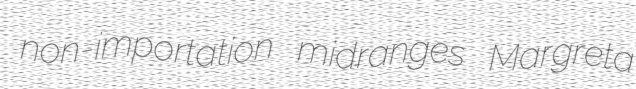
non-importation midranges Margreta